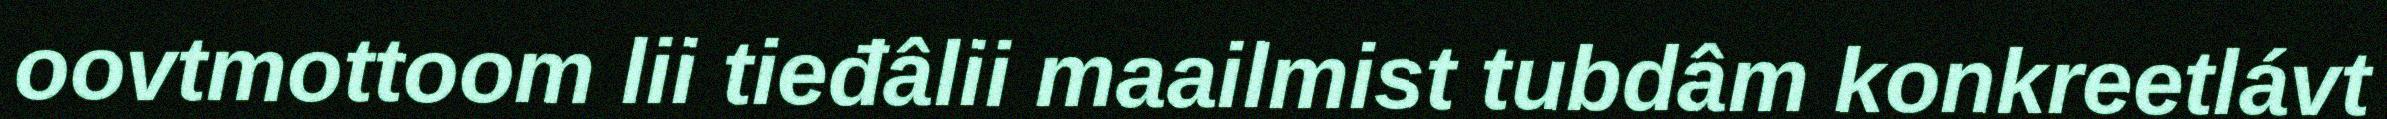
oovtmottoom lii tieđâlii maailmist tubdâm konkreetlávt